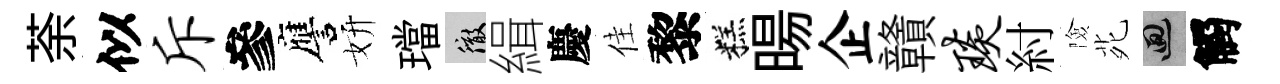
荼似斥參譍妍璫徹緝慶佳黎糕暘企贛琰紂險𫟍回觸